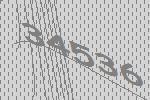
34536